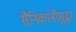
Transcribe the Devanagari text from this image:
सैनिकांनीसुद्धा